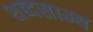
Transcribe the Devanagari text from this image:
शब्दसाम्य